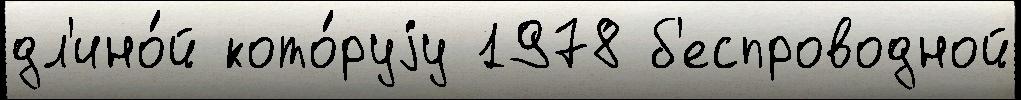
дл'ино́й кото́руjу 1978 б'еспроводной